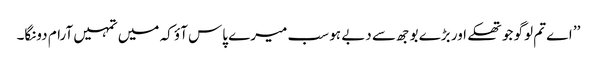
’’ اے تم لوگو جو تھکے اور بڑے بوجھ سے دبے ہو سب میرے پاس آؤ کہ میں تمہیں آرام دونگا۔